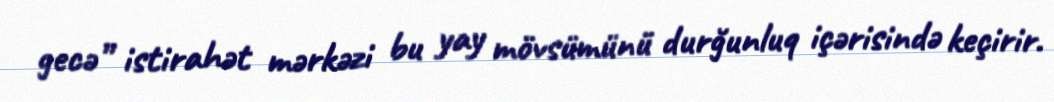
gecə” istirahət mərkəzi bu yay mövsümünü durğunluq içərisində keçirir.